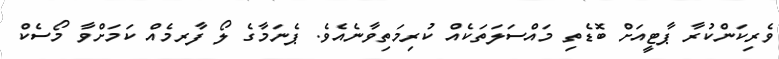
ވެރިކަންކުރާ ޕާޓީއަށް ބޮޑެތި މައްސަލަތަކެއް ކުރިމަތިވާނެއެވެ. ޕެނަމާގެ ލޯ ފާރމެއް ކަމަށްވާ މޯސެކް